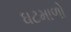
ઘટમાળો